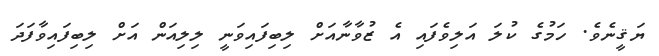
ޔަޤީނެވެ. ހަމުގެ ކުލަ އަލިވެފައި އެ ޒުވާނާއަށް ލިބިފައިވަނީ ލިލިއަން އަށް ލިބިފައިވާފަދަ